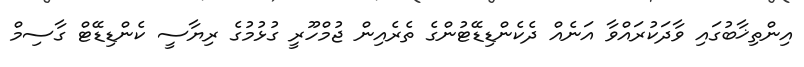
އިންތިޚާބުގައި ވާދަކުރައްވާ އަނެއް ދެކެންޑިޑޭޓުންގެ ތެރެއިން ޖުމްހޫރީ ގުޅުމުގެ ރިޔާސީ ކެންޑިޑޭޓް ގާސިމް